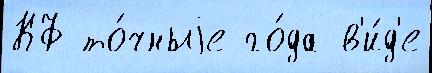
КФ то́чныjе го́да в'и́д'е